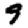
Digit: 9